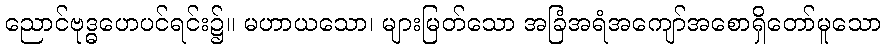
ညောင်ဗုဒ္ဓဟေပင်ရင်း၌။ မဟာယသော၊ များမြတ်သော အခြံအရံအကျော်အစောရှိတော်မူသော